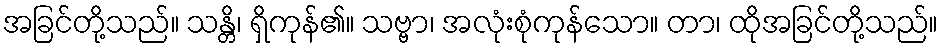
အခြင်တို့သည်။ သန္တိ၊ ရှိကုန်၏။ သဗ္ဗာ၊ အလုံးစုံကုန်သော။ တာ၊ ထိုအခြင်တို့သည်။